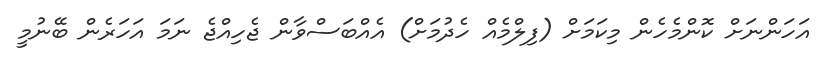
އަހަންނަށް ކޮންމެހެން މިކަމަށް (ފިލްމެއް ހެދުމަށް) އެއްބަސްވާން ޖެހިއްޖެ ނަމަ އަހަރެން ބޭނުމީ